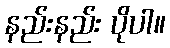
နည်းနည်း ပိုပါ။